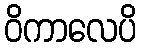
ဝိကာလေပိ